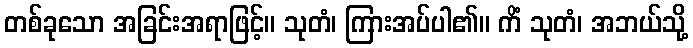
တစ်ခုသော အခြင်းအရာဖြင့်။ သုတံ၊ ကြားအပ်ပါ၏။ ကိံ သုတံ၊ အဘယ်သို့